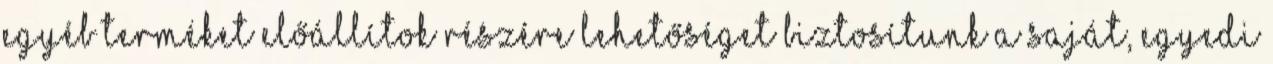
egyéb terméket előállítok részére lehetőséget biztosítunk a saját, egyedi